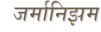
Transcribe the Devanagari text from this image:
जर्मानिझम